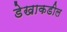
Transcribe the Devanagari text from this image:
डेखाकडील